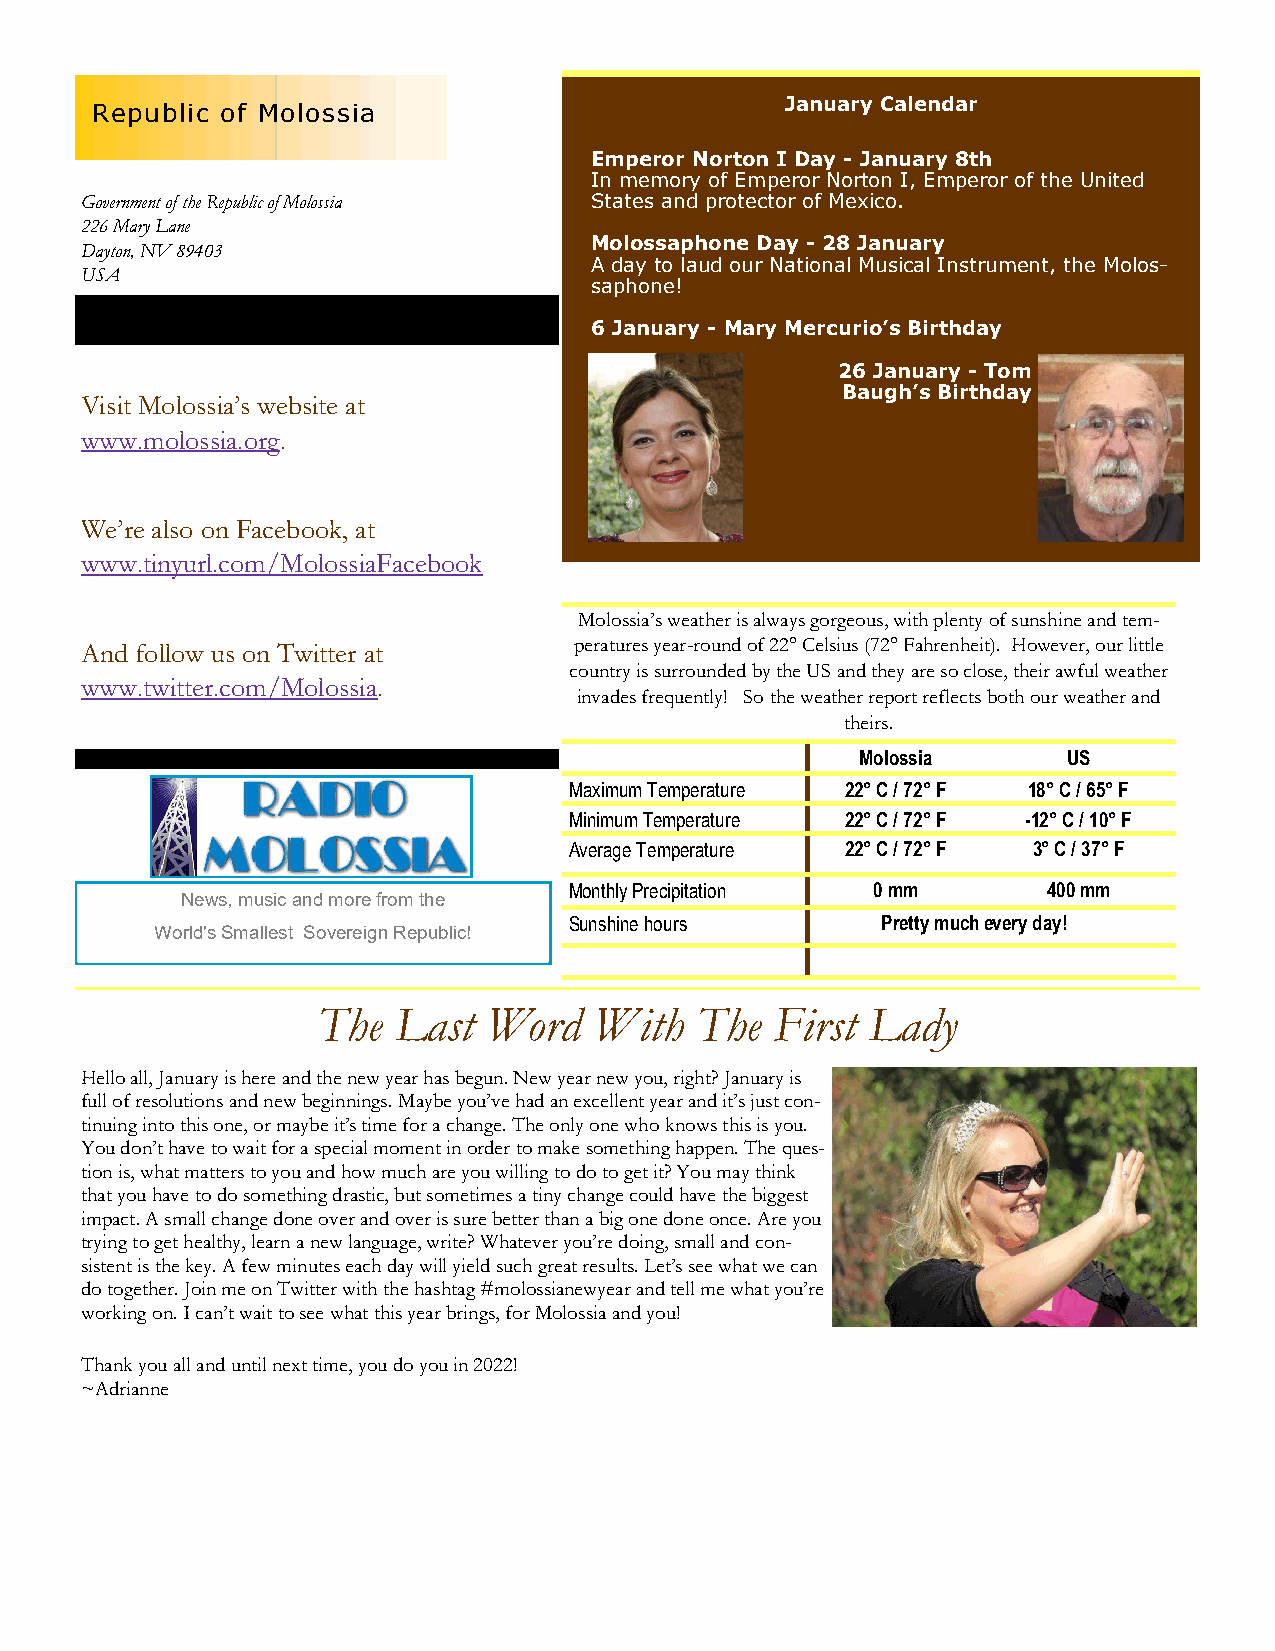
January Calendar
 Republic of Molossia
 Emperor Norton I Day - January 8th
 In memory of Emperor Norton I, Emperor of the United
 Government of the Republic of Molossia States and protector of Mexico.
 226 Mary Lane
 Molossaphone Day - 28 January
 Dayton, NV 89403
 A day to laud our National Musical Instrument, the Molos-
 USA
 saphone!
 6 January - Mary Mercurio’s Birthday
 26 January - Tom
 Baugh’s Birthday
 Visit Molossia’s website at
 www.molossia.org.
 We’re also on Facebook, at
 www.tinyurl.com/MolossiaFacebook
 Molossia’s weather is always gorgeous, with plenty of sunshine and tem-
 And follow us on Twitter at      peratures year-round of 22° Celsius (72° Fahrenheit). However, our little
 country is surrounded by the US and they are so close, their awful weather
 www.twitter.com/Molossia.
 invades frequently! So the weather report reflects both our weather and
 theirs.
 Molossia      US
 Maximum Temperature 22° C / 72° F 18° C / 65° F
 Minimum Temperature 22° C / 72° F -12° C / 10° F
 Average Temperature 22° C / 72° F 3° C / 37° F
 Monthly Precipitation 0 mm     400 mm
 News, music and more from the
 Sunshine hours      Pretty much e very day!
 World's Smallest Sovereign Republic!
 The  Last  Word   With   The  First Lady
 Hello all, January is here and the new year has begun. New year new you, right? January is
 full of resolutions and new beginnings. Maybe you’ve had an excellent year and it’s just con-
 tinuing into this one, or maybe it’s time for a change. The only one who knows this is you.
 You don’t have to wait for a special moment in order to make something happen. The ques-
 tion is, what matters to you and how much are you willing to do to get it? You may think
 that you have to do something drastic, but sometimes a tiny change could have the biggest
 impact. A small change done over and over is sure better than a big one done once. Are you
 trying to get healthy, learn a new language, write? Whatever you’re doing, small and con-
 sistent is the key. A few minutes each day will yield such great results. Let’s see what we can
 do together. Join me on Twitter with the hashtag #molossianewyear and tell me what you’re
 working on. I can’t wait to see what this year brings, for Molossia and you!
 Thank you all and until next time, you do you in 2022!
 ~Adrianne